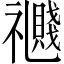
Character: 𥜤